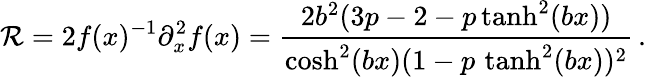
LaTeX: \mathcal{R}=2f(x)^{-1}\partial_{x}^{2}f(x)=\frac{{2b^{2}(3p-2-p\operatorname{tanh}^{2}(bx))}}{{\cosh^{2}(bx)(1-p\, \operatorname{tanh}^{2}(bx))^{2}}}\, .